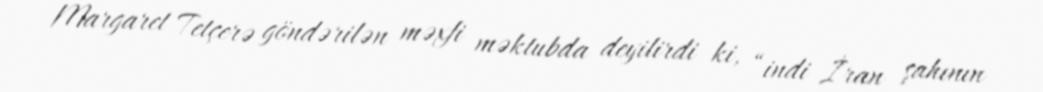
Margaret Tetçerə göndərilən məxfi məktubda deyilirdi ki, “indi İran şahının